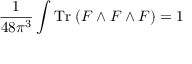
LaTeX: \frac { 1 } { 4 8 \pi ^ { 3 } } \int \mathrm { T r } \; ( F \wedge F \wedge F ) = 1